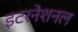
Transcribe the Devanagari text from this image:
इटरनेशनल